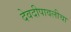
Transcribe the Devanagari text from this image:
देवदीपावलीचा